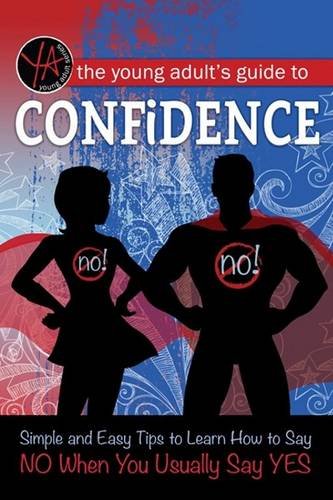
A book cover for The Young Adult's Guide to Confidence: Simple and Easy Tips to Learn How to Say No When You Usually Say Yes; Atlantic Publishing Group Inc; Teen & Young Adult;